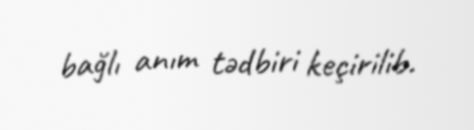
bağlı anım tədbiri keçirilib.